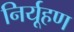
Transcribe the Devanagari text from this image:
निर्यूहण